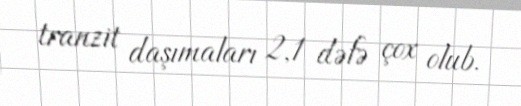
tranzit daşımaları 2,1 dəfə çox olub.